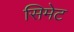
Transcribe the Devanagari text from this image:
सिमेट